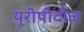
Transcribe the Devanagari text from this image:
यूरीपीदीज़